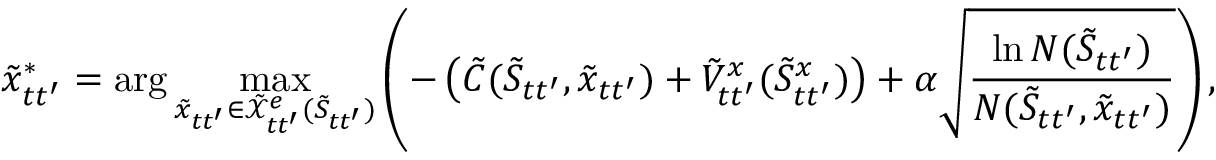
\tilde { x } _ { t t ^ { \prime } } ^ { * } = \arg \operatorname* { m a x } _ { \tilde { x } _ { t t ^ { \prime } } \in \tilde { \mathcal { X } } _ { t t ^ { \prime } } ^ { e } ( \tilde { S } _ { t t ^ { \prime } } ) } \left( - \left( \tilde { C } ( \tilde { S } _ { t t ^ { \prime } } , \tilde { x } _ { t t ^ { \prime } } ) + \tilde { V } _ { t t ^ { \prime } } ^ { x } ( \tilde { S } _ { t t ^ { \prime } } ^ { x } ) \right) + \alpha \sqrt { \frac { \ln N ( \tilde { S } _ { t t ^ { \prime } } ) } { N ( \tilde { S } _ { t t ^ { \prime } } , \tilde { x } _ { t t ^ { \prime } } ) } } \right) ,